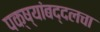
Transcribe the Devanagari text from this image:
पक्ष्यांबद्दलचा